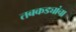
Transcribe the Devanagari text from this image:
तबकड्यांचा